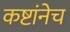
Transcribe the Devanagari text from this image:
कष्टांनेच